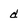
Character: d